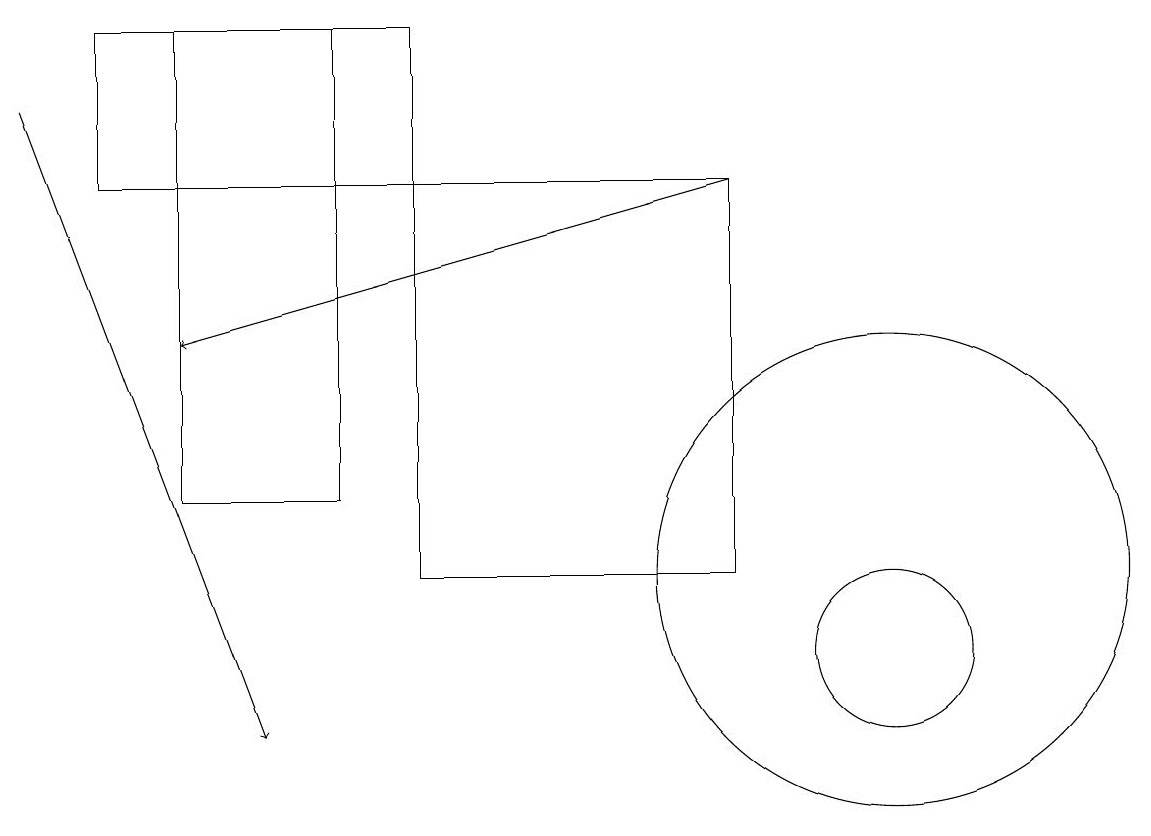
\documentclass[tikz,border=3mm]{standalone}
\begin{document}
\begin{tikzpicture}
\draw (11,12) circle (3);
\draw[->] (0,18) -- (3,10);
\draw (11,11) circle (1);
\draw (10,12) circle (0);
\draw (1,19) rectangle (5,17);
\draw[->] (9,17) -- (2,15);
\draw (2,13) rectangle (4,19);
\draw (5,17) rectangle (9,12);
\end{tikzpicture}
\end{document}